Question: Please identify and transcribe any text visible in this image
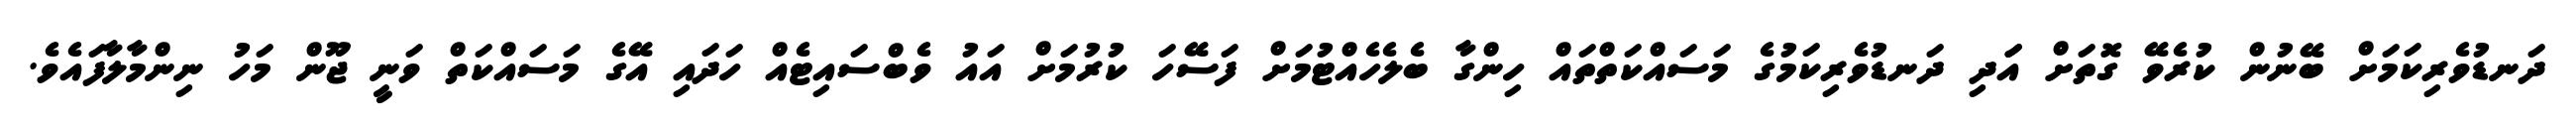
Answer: ދަނޑުވެރިކަމަށް ބޭނުން ކުރެވޭ ގޮތަށް އަަދި ދަނޑުވެރިކަމުގެ މަސައްކަތްތައް ހިންގާ ބެލެހެއްޓުމަށް ފަސޭހަ ކުރުމަށް އައު ވެބްސައިޓެއް ހަދައި އޭގެ މަސައްކަތް ވަނީ ޖޫން މަހު ނިންމާލާފައެވެ.